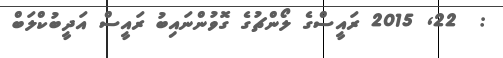
:  22